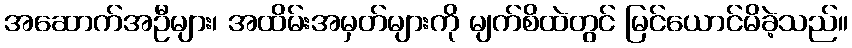
အဆောက်အဦများ၊ အထိမ်းအမှတ်များကို မျက်စိထဲတွင် မြင်ယောင်မိခဲ့သည်။